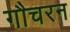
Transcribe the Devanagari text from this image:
गौचरन